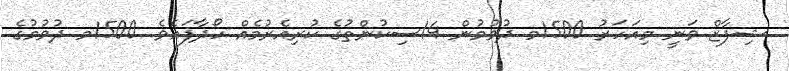
ޝިފާޒް ވަނީ މިއަހަރު 1500މ ދުވުމުން 14ސިކުންތުގެ ކުރިއެރުމެއް ހޯދާފައެވެ. 1500މ ދުވުމުގެ